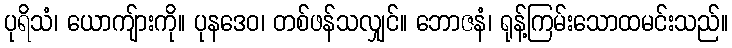
ပုရိသံ၊ ယောကျ်ားကို။ ပုနဒေဝ၊ တစ်ဖန်သလျှင်။ ဘောဇနံ၊ ရုန့်ကြမ်းသောထမင်းသည်။